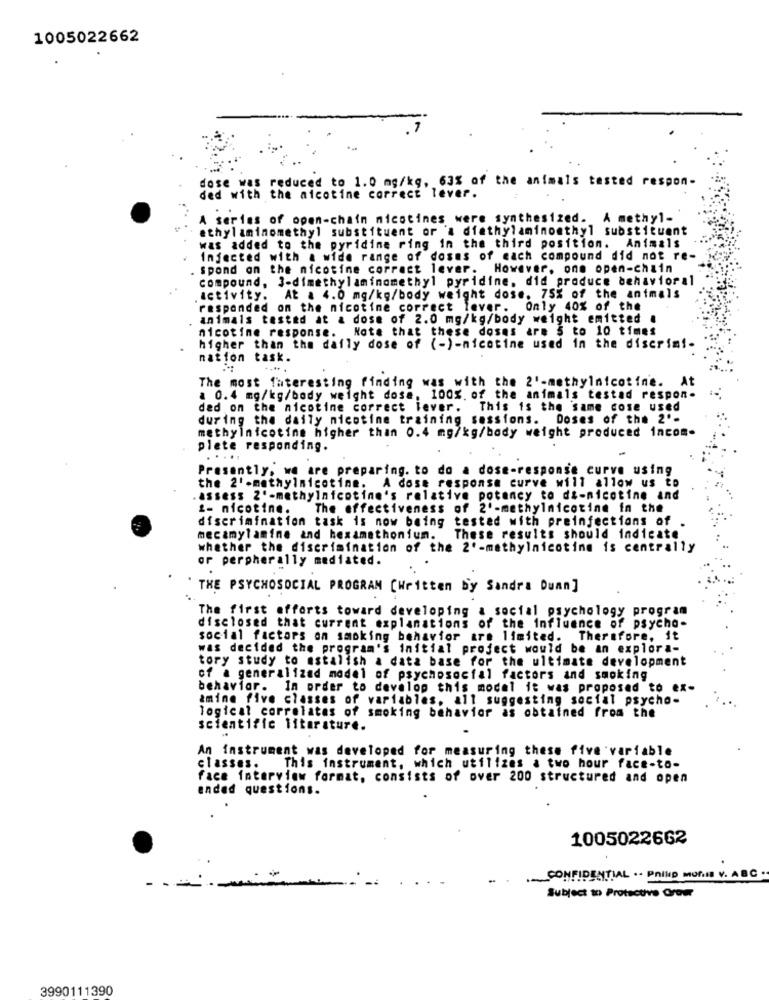
1005022662
dose was reduced to 1.0 mg/kg, 63% of the animals tested respon-
ded with the nicotine correct lever.
A series of open-chain nicotines were synthesized. A methyl-
ethylaminomethyl substituent or a diathylaminomthyl substituent
was added to the pyridine ring in the third position. Animals
Infected with a wide range of doses of each compound did not re-
spond on the nicotine correct lever. However, one open-chain
compound, 3-dimethylaminomethyl pyridine, did produce behavioral
activity. At a 4.0 mg/kg/body weight dose. 75% of the animals
responded on the nicotine correct lever. Only 40% of the
animals tested at a dose of 2.0 mg/kg/body weight emitted .
Note that these doses are 5 to 10 times
nicotine response.
higher than the daily dose of (-)-nicotine used in the discrim !-
nation task.
The most fateresting finding was with the 2'-methylnicotine. At
a 0.4 mg/kg/body weight dose, 100%. of the animals testad respon.
ded on the nicotine correct lever. This is the same cose used
during the daily nicotine training sessions. Doses of the 2'-
methylnicotine higher than 0.4 mg/kg/body weight produced incom-
plete responding.
.....
Presently, we are preparing. to do a dose-response curve using
the 2' -methylnicotine. A dose response curve will allow us to
.assess 2'-methylnicotine's relative potency to di-nicotine and
2- nicotine.
The effectiveness of 2'-methylnicotine in the
discrimination task is now being tested with preinfections of
mecamylamine and hexamathonium.
These results should indicate
whether the discrimination of the 2'-methylnicotine is centrally
or perpherally mediated.
THE PSYCHOSOCIAL PROGRAM [Written by Sandra Duan]
The first efforts toward developing a social psychology program
disclosed that current explanations of the influence of psycho-
social factors on smoking behavior are limited. Therefore, it
was decided the program's initial project would be an explora-
tory study to estalish a data base for the ultimate development
of a generalized model of psychosocial factors and smoking
behavior. In order to develop this model it was proposed to ex-
amine five classes of variables, all suggesting social psycho-
logical correlates of smoking behavior as obtained from the
scientific literature.
An instrument was developed for measuring these five variable
classes. This instrument, which utilizes & two hour face-to-
face interview format, consists of over 200 structured and open
ended questions.
1005022662
CONFIDENTIAL .. PnIND MOTIE V. ABC ..
-----
Subject to Protective Oroer
3990111390